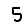
Digit: 5